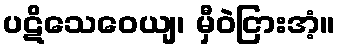
ပဋိသေဝေယျ၊ မှီဝဲငြားအံ့။